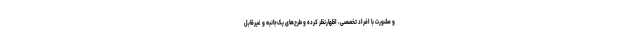
و مشورت با افراد تخصصی، اظهارنظر کرده و طرح‌های یک‌جانبه و غیرقابل